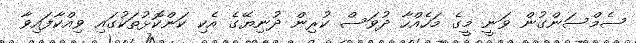
ސެމްސަންގުން ވަނީ މީގެ މަހެއްހާ ދުވަސް ކުރިން ދުނިޔޭގެ އެކި ކަންކޮޅުތަކުގައި ވިއްކާފައިވާ